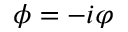
\phi = - i \varphi